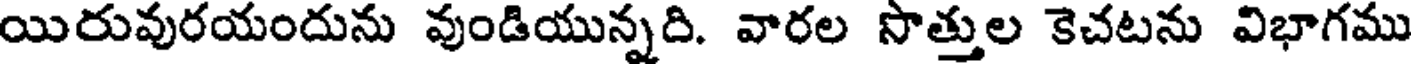
యిరువురయందును వుండియున్నది. వారల సొత్తుల కెచటను విభాగము